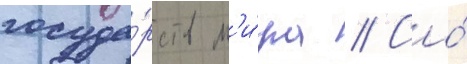
госуда́рств м'и́ра // Со́